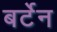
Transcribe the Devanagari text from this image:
बर्टेन